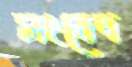
সংবেদ